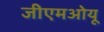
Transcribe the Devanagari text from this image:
जीएमओयू